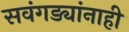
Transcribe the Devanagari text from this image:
सवंगड्यांनाही